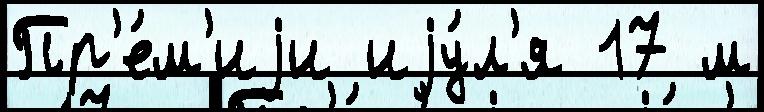
Пр'е́м'иjи иjу́л'я 17 м